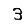
Digit: 3